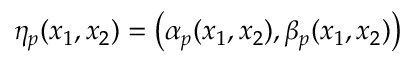
\eta _ { p } ( x _ { 1 } , x _ { 2 } ) = \big ( \alpha _ { p } ( x _ { 1 } , x _ { 2 } ) , \beta _ { p } ( x _ { 1 } , x _ { 2 } ) \big )